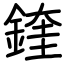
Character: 鍷